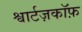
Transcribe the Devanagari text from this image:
श्वार्टज़कॉफ़